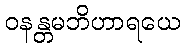
ဝနန္တမဘိဟာရယေ